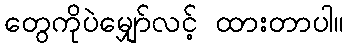
တွေကိုပဲမျှော်လင့် ထားတာပါ။